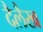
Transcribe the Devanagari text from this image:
दैलैख